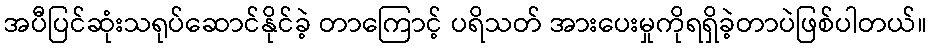
အပီပြင်ဆုံးသရုပ်ဆောင်နိုင်ခဲ့ တာကြောင့် ပရိသတ် အားပေးမှုကိုရရှိခဲ့တာပဲဖြစ်ပါတယ်။